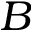
B